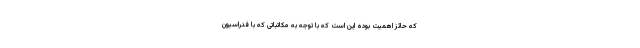
که حائز اهمیت بوده این است که با توجه به مکاتباتی که با فدراسیون